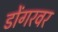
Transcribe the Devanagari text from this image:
डोंगरवर